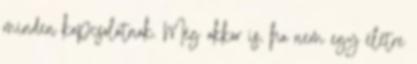
minden kapcsolatnak. Még akkor is, ha nem egy életre